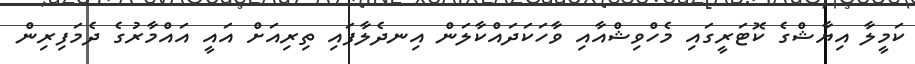
ކަމީލާ އިޔާޝްގެ ކޮޓަރީގައި މެހްވިޝްއާއި ވާހަކަދައްކާލަން އިނދެލާފައި ތިރިއަށް އައީ އައްމާރުގެ ދެމަފިރިން